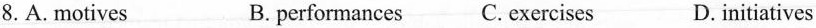
8. A.motives B. performances C. exercises D. initiatives